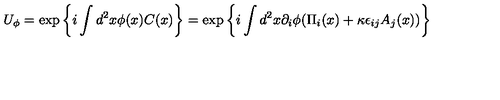
U _ { \phi } = \exp \left\{ i \int d ^ { 2 } x \phi ( x ) C ( x ) \right\} = \exp \left\{ i \int d ^ { 2 } x \partial _ { i } \phi ( \Pi _ { i } ( x ) + \kappa \epsilon _ { i j } A _ { j } ( x ) ) \right\}